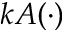
k A ( \cdot )